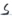
Text: S